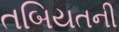
તબિયતની